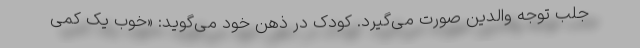
جلب توجه والدین صورت می‌‌گیرد. کودک در ذهن خود می‌‌گوید: «خوب یک کمی